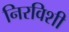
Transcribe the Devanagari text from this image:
निरविशी